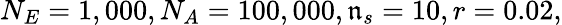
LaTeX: N_{E}=1,000,N_{A}=100,000,\mathfrak{n}_{s}=10,r=0.02,